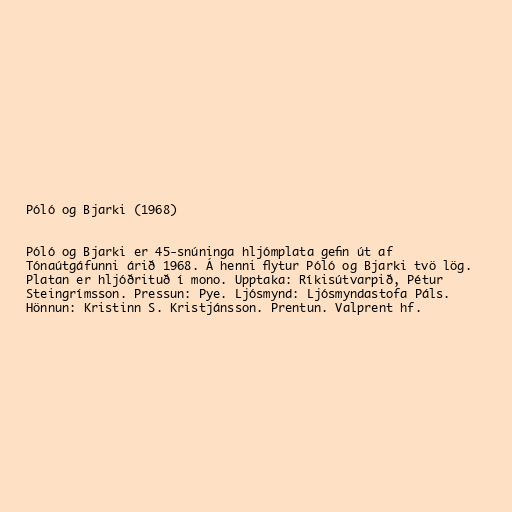
Póló og Bjarki (1968)

Póló og Bjarki er 45-snúninga hljómplata gefin út af
Tónaútgáfunni árið 1968. Á henni flytur Póló og Bjarki tvö lög.
Platan er hljóðrituð í mono. Upptaka: Ríkisútvarpið, Pétur
Steingrímsson. Pressun: Pye. Ljósmynd: Ljósmyndastofa Páls.
Hönnun: Kristinn S. Kristjánsson. Prentun. Valprent hf.